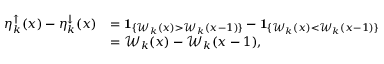
\begin{array} { r l } { \eta _ { k } ^ { \uparrow } ( x ) - \eta _ { k } ^ { \downarrow } ( x ) } & { = \mathbf { 1 } _ { \{ \mathcal { W } _ { k } ( x ) > \mathcal { W } _ { k } ( x - 1 ) \} } - \mathbf { 1 } _ { \{ \mathcal { W } _ { k } ( x ) < \mathcal { W } _ { k } ( x - 1 ) \} } } \\ & { = \mathcal { W } _ { k } ( x ) - \mathcal { W } _ { k } ( x - 1 ) , } \end{array}